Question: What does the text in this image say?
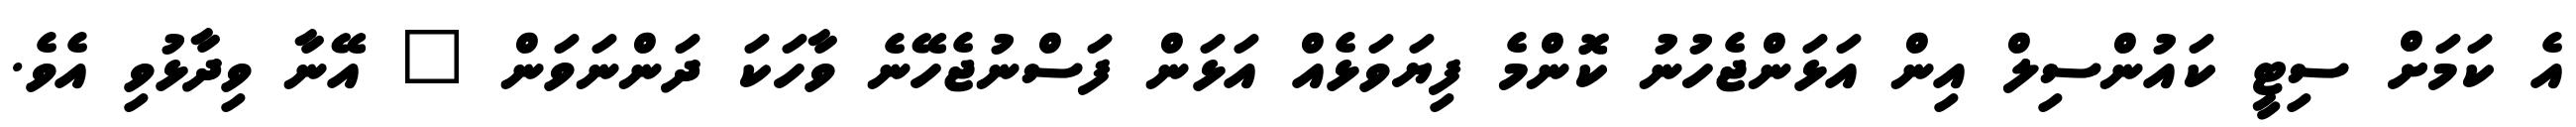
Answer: އެ ކަމަށް ސިޓީ ކައުންސިލް އިން އަޅަންޖެހުނު ކޮންމެ ފިޔަވަޅެއް އަޅަން ފަސްނުޖެހޭނެ ވާހަކަ ދަންނަވަން " އޭނާ ވިދާޅުވި އެވެ.